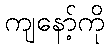
ကျနော့်ကို